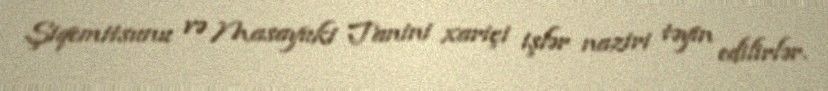
Şiqemitsunu və Masayuki Tanini xariçi işlər naziri təyin edilirlər.